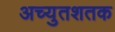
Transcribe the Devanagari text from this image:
अच्युतशतक